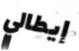
إيطالي